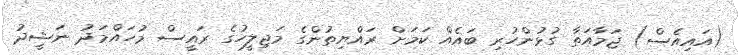
(އައިއެސް) ޖަމާއަތާ ގުޅުންހުރި ބައެއް ކަމަށް ރައްޔިތުންގެ މަޖިލީހުގެ ރައީސް މުހައްމަދު ނަޝީދު